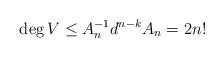
LaTeX: \begin{align*} \deg V \le A_n^{-1} d^{n-k} A_n= 2 n! \end{align*}